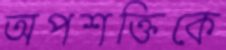
অপশক্তিকে